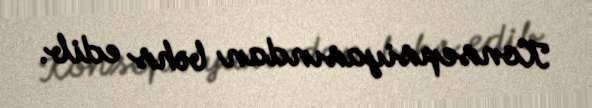
Konsepsiyasından bəhs edib.